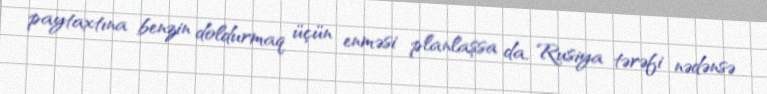
paytaxtına benzin doldurmaq üçün enməsi planlaşsa da, Rusiya tərəfi nədənsə